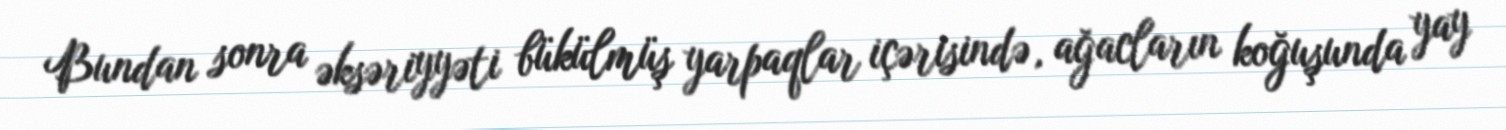
Bundan sonra əksəriyyəti bükülmüş yarpaqlar içərisində, ağacların koğuşunda yay